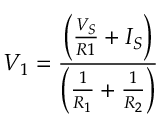
V _ { 1 } = { \frac { \left( { \frac { V _ { S } } { R 1 } } + I _ { S } \right) } { \left( { \frac { 1 } { R _ { 1 } } } + { \frac { 1 } { R _ { 2 } } } \right) } }